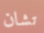
تشان